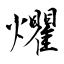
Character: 爠